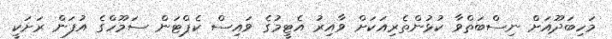
މަހިބަދޫއަށް ނިސްބަތްވާ ކުޅުންތެރިއަކަށް ވާއިރު އެޓީމުގެ ވައިސް ކެޕްޓަން ސަމޫހްގެ އުފަން ރަށަކީ